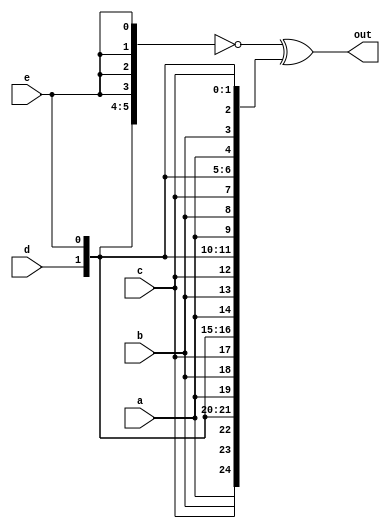
//Given five 1-bit signals (a, b, c, d, and e), compute all 25 pairwise one-bit comparisons in the 25-bit output vector. The output should be 1 if the two bits being compared are equal.
module top_module (
    input a, b, c, d, e,
    output [24:0] out );//

    wire [24:0] tmp;
    assign tmp={5{a,b,c,d,e}};
    assign out=  ~ {{5{a}},{5{b}},{5{c}},{5{d}},{5{e}}} ^ tmp;
    // concatenating and replicating the five inputs.
    // assign out = ~{ ... } ^ { ... };

endmodule